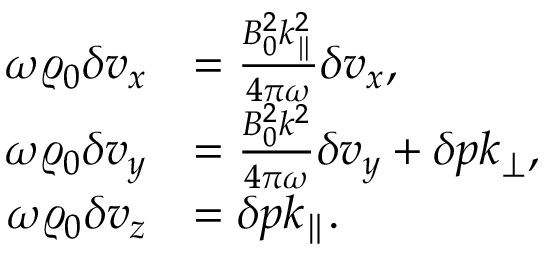
\begin{array} { r l } { \omega \varrho _ { 0 } \delta v _ { x } } & { = \frac { B _ { 0 } ^ { 2 } k _ { \parallel } ^ { 2 } } { 4 \pi \omega } \delta v _ { x } , } \\ { \omega \varrho _ { 0 } \delta v _ { y } } & { = \frac { B _ { 0 } ^ { 2 } k ^ { 2 } } { 4 \pi \omega } \delta v _ { y } + \delta p k _ { \perp } , } \\ { \omega \varrho _ { 0 } \delta v _ { z } } & { = \delta p k _ { \parallel } . } \end{array}